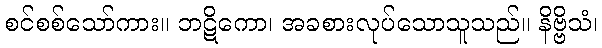
စင်စစ်သော်ကား။ ဘဋိကော၊ အခစားလုပ်သောသူသည်။ နိဗ္ဗိသံ၊